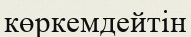
көркемдейтін